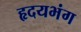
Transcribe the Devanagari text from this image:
हृदयभंग